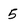
Character: 5